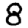
Digit: 8